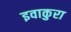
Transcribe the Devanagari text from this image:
इवाकुरा